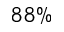
8 8 \%